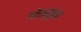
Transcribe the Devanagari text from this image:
गोक्कुन